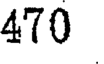
470